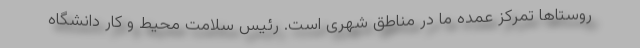
روستاها تمرکز عمده ما در مناطق شهری است. رئیس سلامت محیط و کار دانشگاه